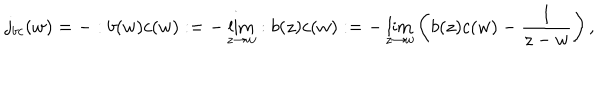
j _ { b c } ( w ) = - : b ( w ) c ( w ) : = - \lim _ { z \to w } : b ( z ) c ( w ) : = - \lim _ { z \to w } \left( b ( z ) c ( w ) - \frac { 1 } { z - w } \right) ,